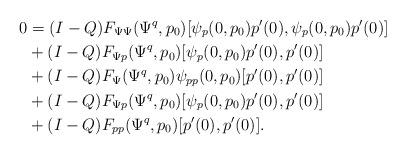
LaTeX: \begin{align*}0 &= (I-Q) F_{\Psi\Psi}(\Psi^q,p_0)[\psi_p(0,p_0)p'(0),\psi_p(0,p_0)p'(0)]\\&+ (I-Q) F_{\Psi p}(\Psi^q,p_0)[\psi_p(0,p_0)p'(0), p'(0)]\\&+ (I-Q) F_\Psi(\Psi^q,p_0)\psi_{pp}(0,p_0)[p'(0), p'(0)]\\&+ (I-Q) F_{\Psi p}(\Psi^q,p_0)[\psi_p(0,p_0)p'(0), p'(0)]\\&+ (I-Q) F_{pp}(\Psi^q, p_0)[p'(0), p'(0)].\end{align*}